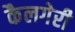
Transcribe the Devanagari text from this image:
कैलगेरी